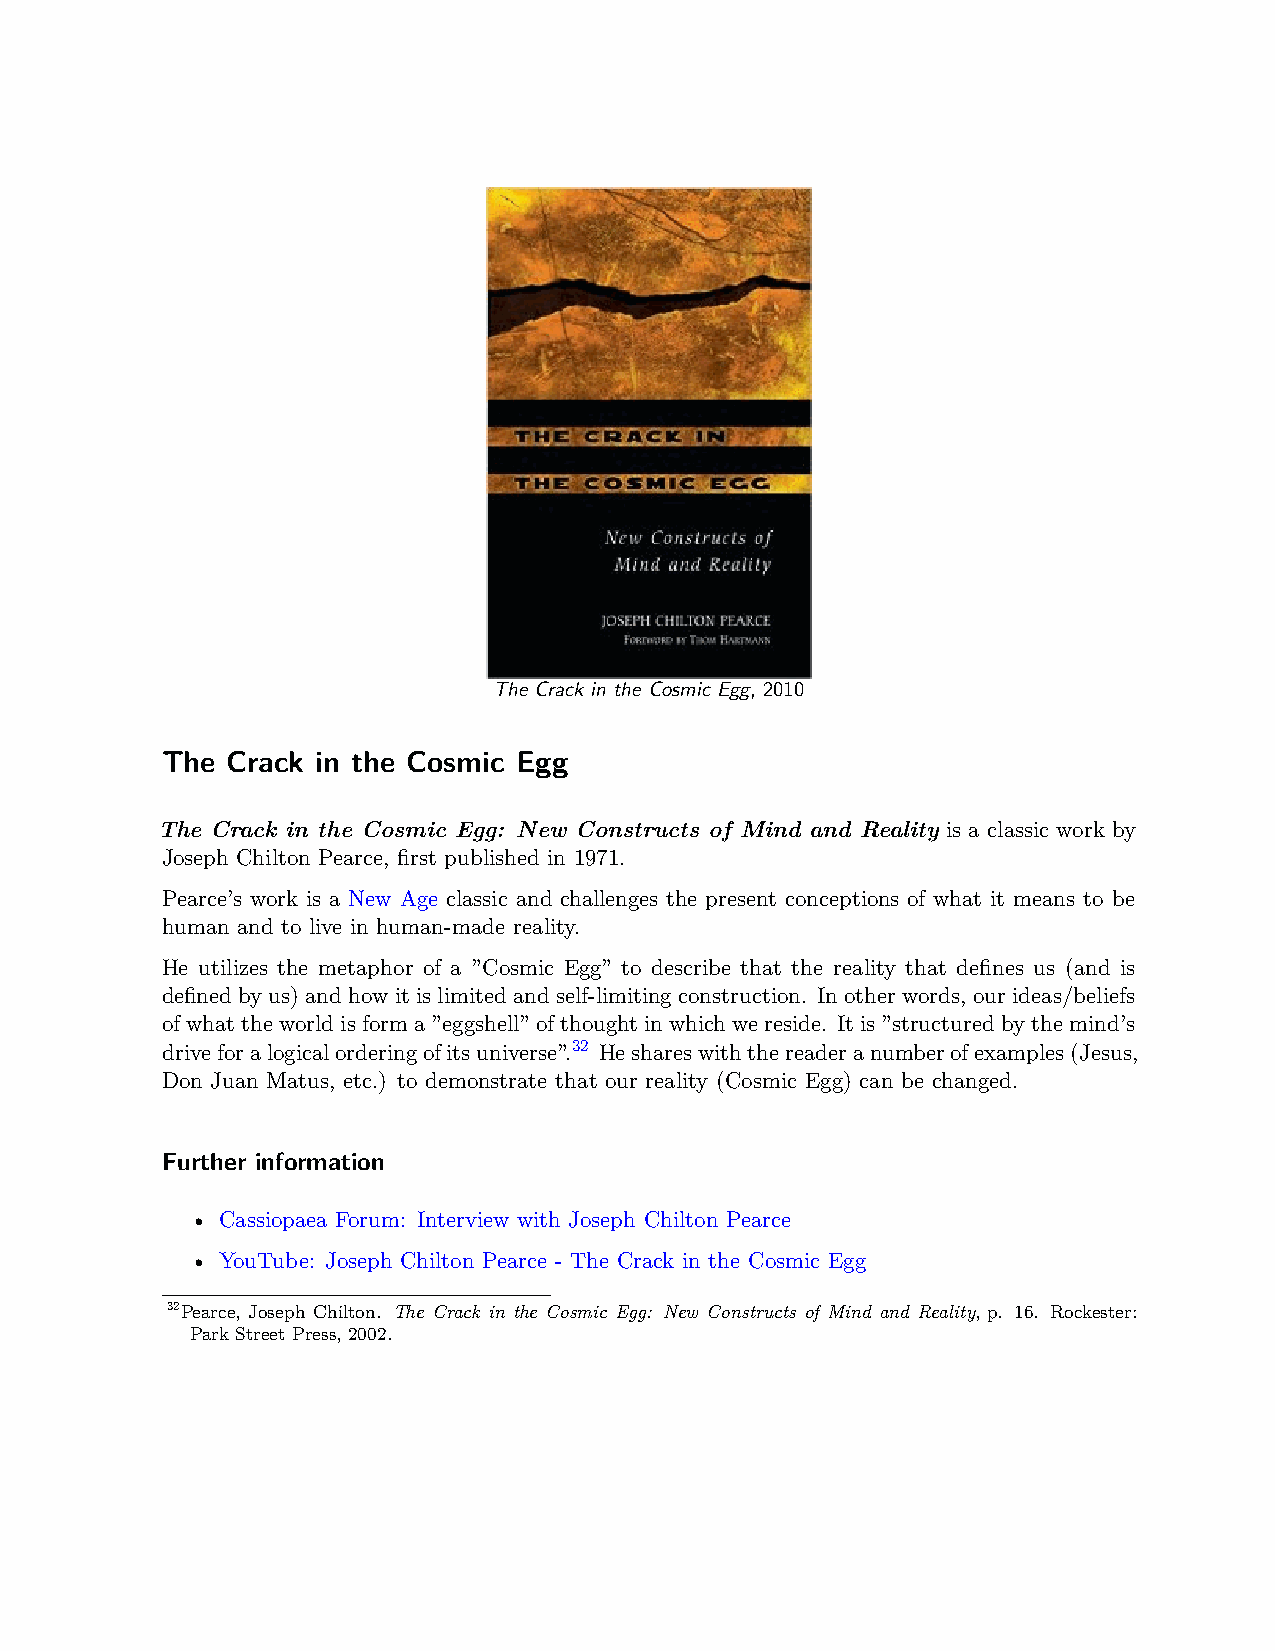
The Crack in the Cosmic Egg, 2010
 The Crack in the Cosmic Egg
 The Crack in the Cosmic Egg: New Constructs of Mind and Reality is a classic work by
 Joseph Chilton Pearce, first published in 1971.
 Pearce’s work is a New Age classic and challenges the present conceptions of what it means to be
 human and to live in human-made reality.
 He utilizes the metaphor of a ”Cosmic Egg” to describe that the reality that defines us (and is
 definedbyus)andhowitislimitedandself-limitingconstruction. Inotherwords, ourideas/beliefs
 ofwhattheworldisforma”eggshell”ofthoughtinwhichwereside. Itis”structuredbythemind’s
 driveforalogicalorderingofitsuniverse”.32 Heshareswiththereaderanumberofexamples(Jesus,
 Don Juan Matus, etc.) to demonstrate that our reality (Cosmic Egg) can be changed.
 Further information
 • Cassiopaea Forum: Interview with Joseph Chilton Pearce
 • YouTube: Joseph Chilton Pearce - The Crack in the Cosmic Egg
 32Pearce, Joseph Chilton. The Crack in the Cosmic Egg: New Constructs of Mind and Reality, p. 16. Rockester:
 Park Street Press, 2002.